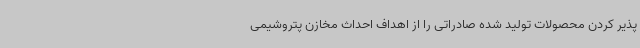
پذیر کردن محصولات تولید شده صادراتی را از اهداف احداث مخازن پتروشیمی